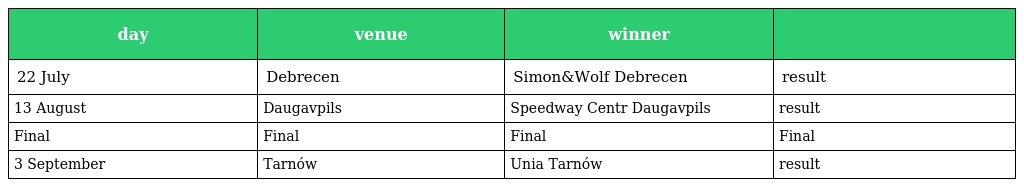
| day | venue | winner |  |
 | --- | --- | --- | --- |
 | 22 July | Debrecen | Simon&Wolf Debrecen | result |
 | 13 August | Daugavpils | Speedway Centr Daugavpils | result |
 | Final | Final | Final | Final |
 | 3 September | Tarnów | Unia Tarnów | result |